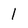
Character: 1